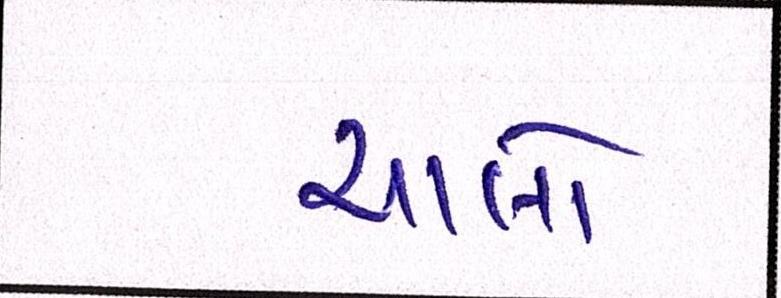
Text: ચાલો